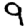
Digit: 9